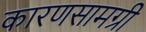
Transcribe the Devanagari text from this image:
कारणसामग्री